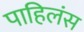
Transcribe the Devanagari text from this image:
पाहिलंस